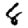
Digit: 8